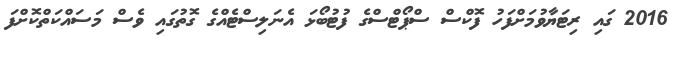
2016 ގައި ރިޓަޔާވުމަށްފަހު ފޮކްސް ސްޕޯޓްސްގެ ފުޓުބޯޅަ އެނަލިސްޓެއްގެ ގޮތުގައި ވެސް މަސައްކަތްކޮށްފަ